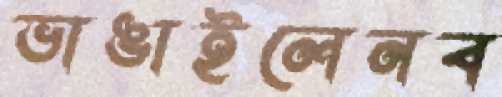
ভাঙাইলেনব